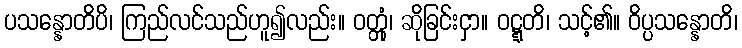
ပသန္နောတိပိ၊ ကြည်လင်သည်ဟူ၍လည်း။ ဝတ္တုံ၊ ဆိုခြင်းငှာ။ ဝဋ္ဋတိ၊ သင့်၏။ ဝိပ္ပသန္နောတိ၊